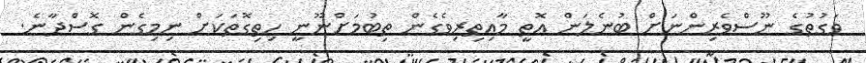
ވަގުތުގެ ނޫސްވެރިންނަށް ބުނެލަން އޮތީ މާއިތިރިވެގެން ތިބުމަށްނޫނީ ހިތިގޮތަކަށް ނިމިގެން ގޮސްދާނެ.